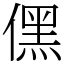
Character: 𠎁